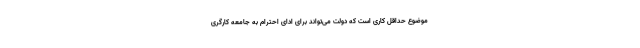
موضوع حداقل کاری است که دولت می‌تواند برای ادای احترام به جامعه کارگری